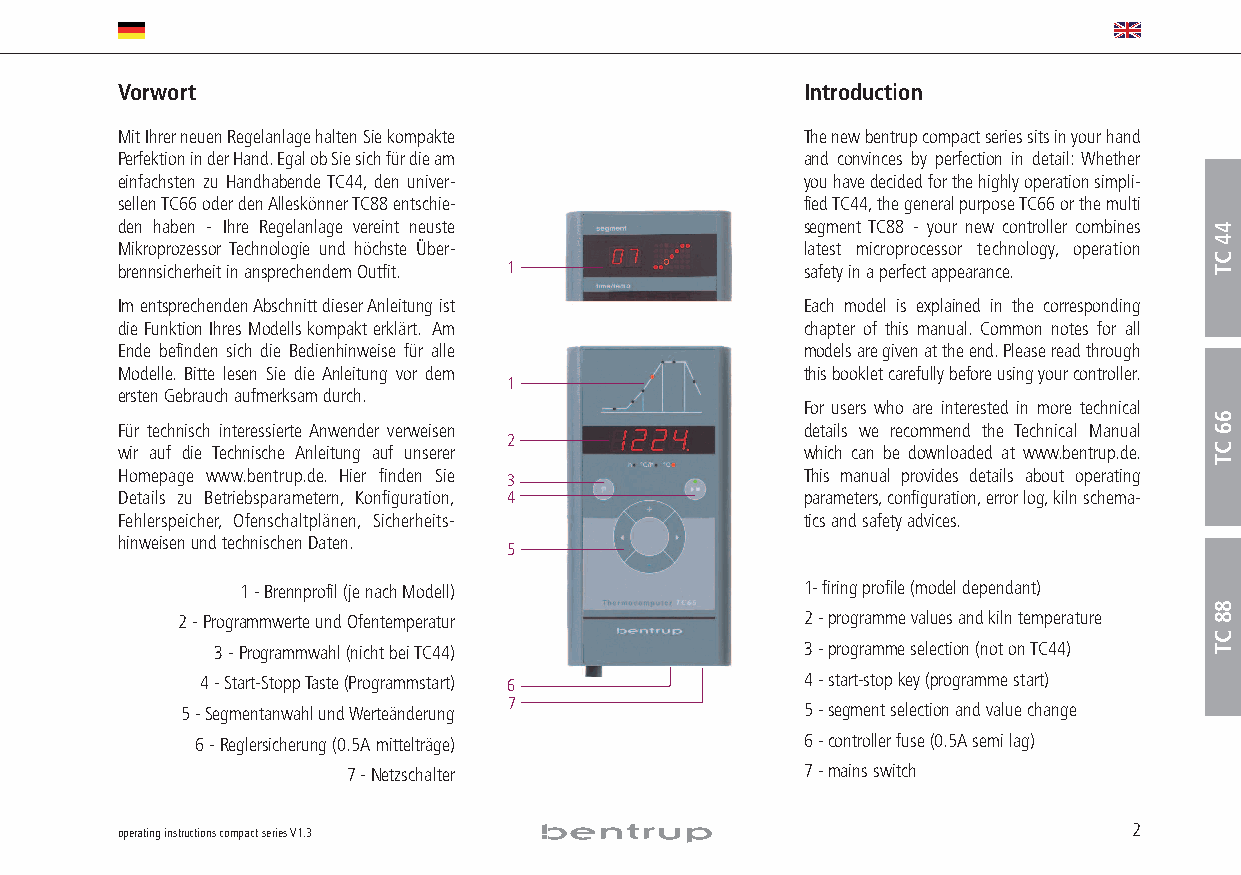
Vorwort                                      Introduction
 Mit Ihrer neuen Regelanlage halten Sie kompakte The new bentrup compact series sits in your hand
 Perfektion in der Hand.Egal ob Sie sich für die am and convinces by perfection in detail: Whether
 einfachsten zu Handhabende TC44, den univer- you have decided for the highly operation simpli-
 sellen TC66 oder den Alleskönner TC88 entschie- fied TC44,the general purpose TC66 or the multi
 den haben - Ihre Regelanlage vereint neuste  segment TC88 - your new controller combines
 Mikroprozessor Technologie und höchste Über- latest microprocessor technology, operation
 brennsicherheit in ansprechendem Outfit. 1   safety in a perfect appearance.
 Im entsprechenden Abschnitt dieser Anleitung ist Each model is explained in the corresponding
 die Funktion Ihres Modells kompakt erklärt. Am chapter of this manual. Common notes for all
 Ende befinden sich die Bedienhinweise für alle models are given at the end.Please read through
 Modelle. Bitte lesen Sie die Anleitung vor dem this booklet carefully before using your controller.
 1
 ersten Gebrauch aufmerksam durch.
 For users who are interested in more technical
 Für technisch interessierte Anwender verweisen details we recommend the Technical Manual
 2
 wir auf die Technische Anleitung auf unserer which can be downloaded at www.bentrup.de.
 Homepage www.bentrup.de. Hier finden Sie 3   This manual provides details about operating
 Details zu Betriebsparametern, Konfiguration, 4 parameters,configuration,error log,kiln schema-
 Fehlerspeicher, Ofenschaltplänen, Sicherheits- tics and safety advices.
 hinweisen und technischen Daten.
 5
 1-Brennprofil (je nach Modell)       1- firing profile (model dependant)
 2-Programmwerte und Ofentemperatur       2-programme values and kiln temperature
 3-Programmwahl (nicht bei TC44)        3-programme selection (not on TC44)
 4-Start-Stopp Taste (Programmstart) 6   4-start-stop key (programme start)
 5-Segmentanwahl und Werteänderung 7      5-segment selection and value change
 6-Reglersicherung (0.5A mittelträge)    6-controller fuse (0.5A semi lag)
 7-Netzschalter                7-mains switch
 operating instructions compact series V1.3                         2
 44
 CT
 66
 CT
 88
 CT